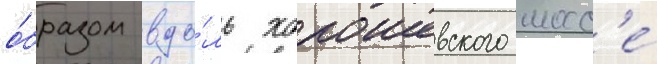
о́бразом вдо́ль хорошевского шосс'е́